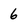
Character: 6